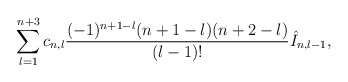
\begin{align*} \sum_{l=1}^{n+3}c_{n,l}\frac{(-1)^{n+1-l}(n+1-l)(n+2-l)}{(l-1)!}\hat{I}_{n,l-1},\end{align*}